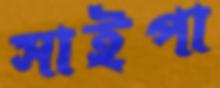
সাইপা